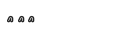
١٩٠